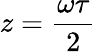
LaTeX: z={\frac{\omega\tau}{2}}